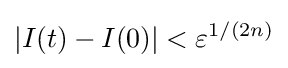
|I(t)-I(0)|<\varepsilon ^{1/(2n)}